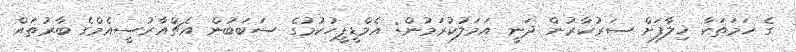
ގެ ހަމަތަކާ ޚިލާފަށް ސަރުކާރުން ދަނީ އަމަލުކުރަމުން: އެމްޑީޕީހުކުމުގެ ސަބަބުން އެޗްއާރުސީއެމްގެ ބާރުތައް